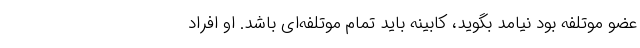
عضو موتلفه بود نیامد بگوید، کابینه باید تمام موتلفه‌ای باشد. او افراد